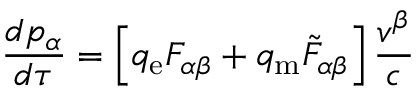
{ \frac { d p _ { \alpha } } { d \tau } } = \left[ q _ { \mathrm { e } } F _ { \alpha \beta } + q _ { \mathrm { m } } { { \tilde { F } } _ { \alpha \beta } } \right] { \frac { v ^ { \beta } } { c } }